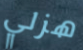
هزلي